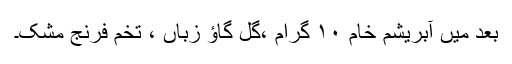
بعد میں آبریشم خام ۱۰ گرام ،گل گاؤ زباں ، تخم فرِنج مُشک۔